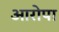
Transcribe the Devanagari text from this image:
आरोपा